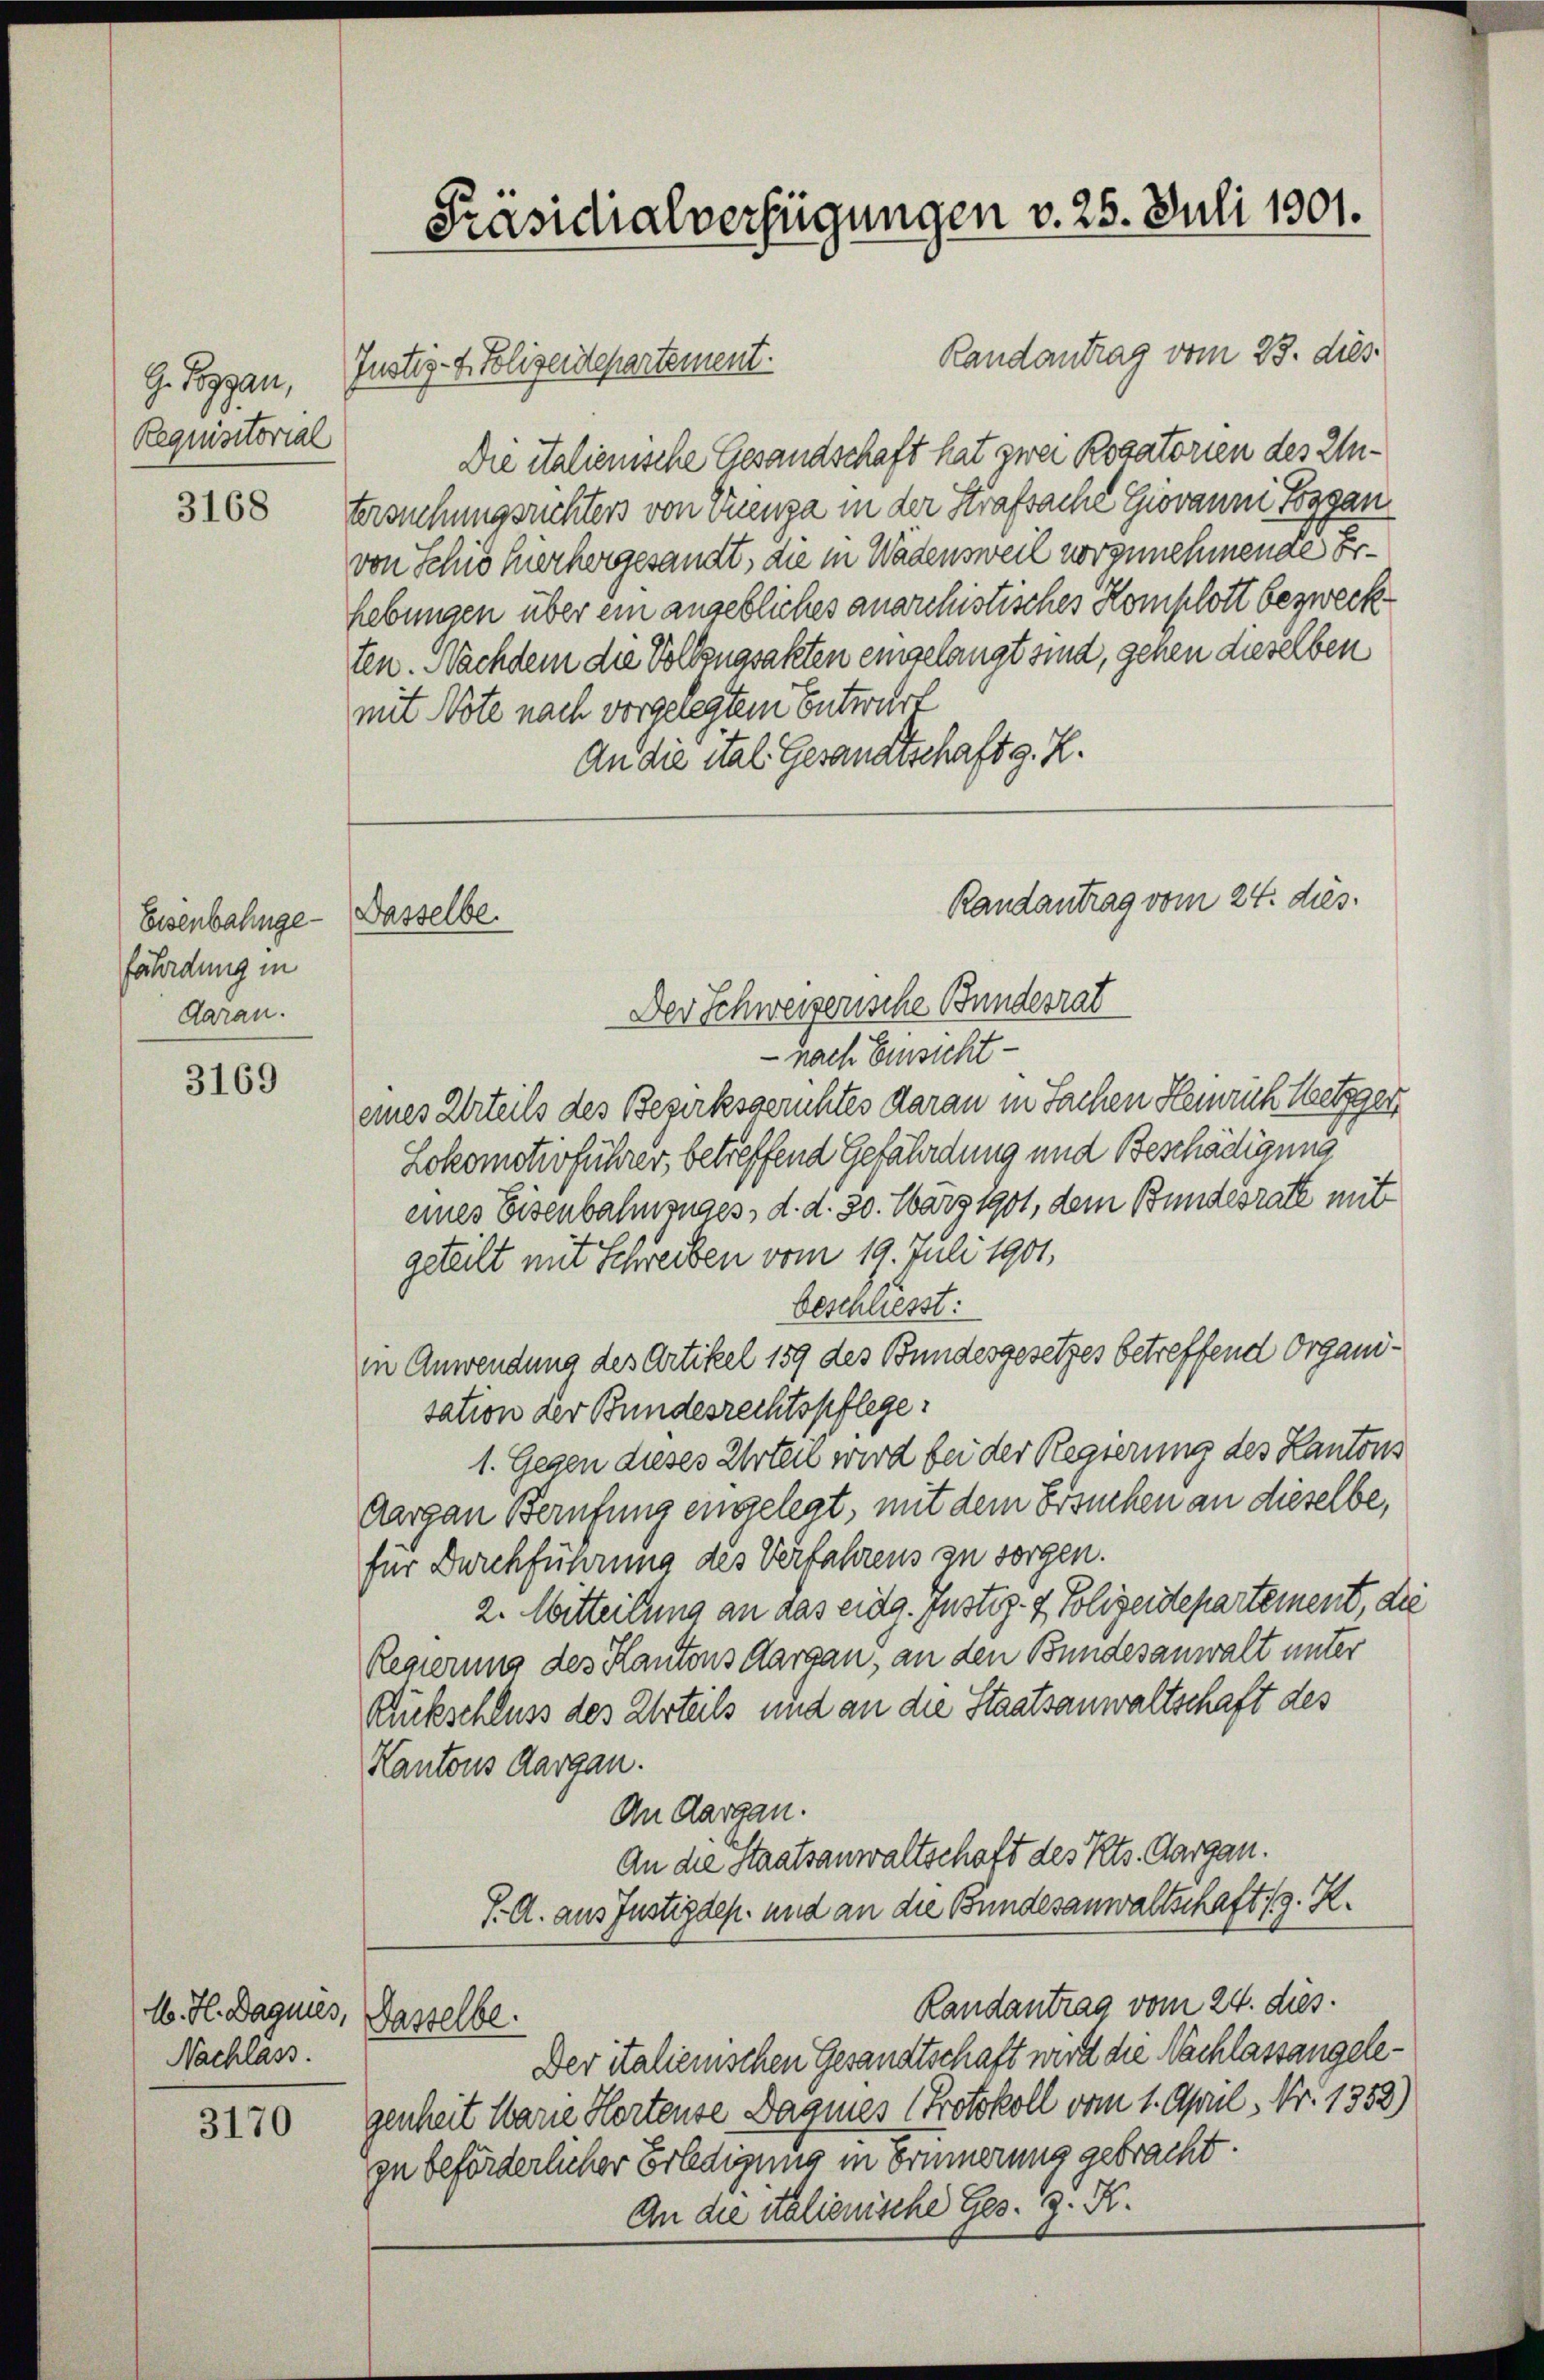
G. Poggen,
Requisitorial

3168

Eisenbahngefährdung in
daran.

3169

A. H. Dagnies, Gasselbe.
Nachlass

3170

Präsidialverfügungen v. 25. Juli 1801.

Dasselbe.

Randantrag vom 23. dies
Justiz- & Polizeidepartement.
Die italienische Gesandschaft hat zwei Rogatorien des Intersuchungsrichters von Vienza in der Strafsache Giovanni Toggen
von Schis herhergesandt, die in Wadensweil vorzunehmende Erhebungen über ein angebliches anarchistisches Komplott bezweckten. Nachdem die Vollzugsakten eingelangt sind, gehen dieselben
mit Note nach vorgelegtem Entwurf
An die ital. Gesandtschaft g. K.
Der Schweizerische Bundesrat
nach Einsicht
eines Urteils des Bezirksgerichtes daran in Sachen Heinrichteten
Lokomotivführer, betreffend Gefährdung und Beschädigung
eines Eisenbahnzuges, d. d. 30. März 1901, dem Bundesrath mit
geteilt mit Schreiben vom 19. Juli 1901,
beschließt:
in Anwendung des Artikel 159 des Bundesgesetzes betreffend Organisation der Bundesrechtspflege:
1. Gegen dieses Arten wird bei der Regierung des Kantons
Aargau Berufung engelegt, mit dem Ersuchen an dieselbe,
für Durchführung des Verfahrens zu sorgen.
2. Mitteilung an das eidg. Justiz- & Polizeidepartement, die
Regierung des Kantons Aargau, an den Bundesanwalt unter
Rückschluss des Urteils und an die Staatsanwaltschaft des
Kantons Aargau.
An Aargau.
An die Staatsanwaltschaft des Kts. Aargau.
I. A. aus Justizdep. und an die Bundesanwaltschaft z. K.
Randantrag vom 24. dies
Der italienischen Gesandtschaft wird die Nachlassengelegenheit Marie Hortense Dagnes (Protokoll vom 1. April, Nr. 1352)
zu beförderlicher Erledigung in Erinnerung gebracht.
An die italienische Ges. G. K.

Randantrag vom 24. dies